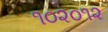
૧૦૨૦૧૨